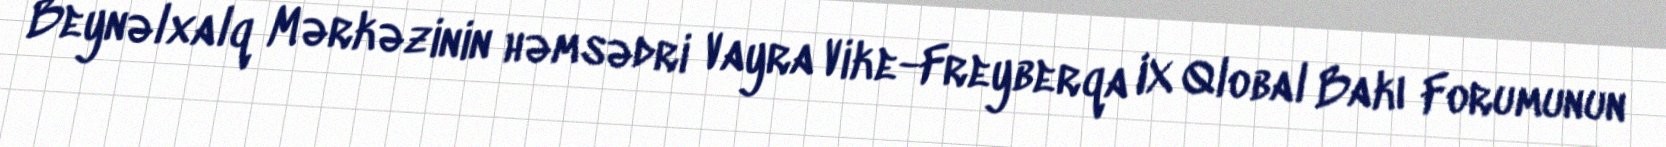
Beynəlxalq Mərkəzinin həmsədri Vayra Vike-Freyberqa IX Qlobal Bakı Forumunun